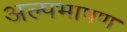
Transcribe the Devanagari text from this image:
अल्पभाषण